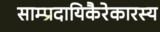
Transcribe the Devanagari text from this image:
साम्प्रदायिकैरेकारस्य